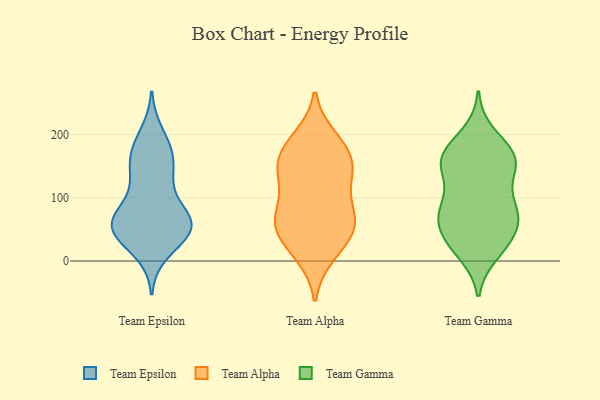
{"axis": {"x": "Bounce Rate (%)", "y": "Value"}, "legend": ["Team Alpha", "Team Epsilon", "Team Gamma"], "data": [{"x": "", "y": 61, "type": "Team Epsilon"}, {"x": "", "y": 157, "type": "Team Epsilon"}, {"x": "", "y": 40, "type": "Team Epsilon"}, {"x": "", "y": 152, "type": "Team Epsilon"}, {"x": "", "y": 54, "type": "Team Epsilon"}, {"x": "", "y": 200, "type": "Team Epsilon"}, {"x": "", "y": 55, "type": "Team Epsilon"}, {"x": "", "y": 178, "type": "Team Epsilon"}, {"x": "", "y": 59, "type": "Team Epsilon"}, {"x": "", "y": 15, "type": "Team Epsilon"}, {"x": "", "y": 70, "type": "Team Epsilon"}, {"x": "", "y": 130, "type": "Team Epsilon"}, {"x": "", "y": 78, "type": "Team Epsilon"}, {"x": "", "y": 174, "type": "Team Epsilon"}, {"x": "", "y": 42, "type": "Team Epsilon"}, {"x": "", "y": 53, "type": "Team Epsilon"}, {"x": "", "y": 58, "type": "Team Epsilon"}, {"x": "", "y": 120, "type": "Team Epsilon"}, {"x": "", "y": 188, "type": "Team Alpha"}, {"x": "", "y": 137, "type": "Team Alpha"}, {"x": "", "y": 101, "type": "Team Alpha"}, {"x": "", "y": 152, "type": "Team Alpha"}, {"x": "", "y": 156, "type": "Team Alpha"}, {"x": "", "y": 194, "type": "Team Alpha"}, {"x": "", "y": 56, "type": "Team Alpha"}, {"x": "", "y": 55, "type": "Team Alpha"}, {"x": "", "y": 122, "type": "Team Alpha"}, {"x": "", "y": 175, "type": "Team Alpha"}, {"x": "", "y": 67, "type": "Team Alpha"}, {"x": "", "y": 149, "type": "Team Alpha"}, {"x": "", "y": 56, "type": "Team Alpha"}, {"x": "", "y": 48, "type": "Team Alpha"}, {"x": "", "y": 73, "type": "Team Alpha"}, {"x": "", "y": 10, "type": "Team Alpha"}, {"x": "", "y": 15, "type": "Team Alpha"}, {"x": "", "y": 162, "type": "Team Gamma"}, {"x": "", "y": 66, "type": "Team Gamma"}, {"x": "", "y": 163, "type": "Team Gamma"}, {"x": "", "y": 148, "type": "Team Gamma"}, {"x": "", "y": 86, "type": "Team Gamma"}, {"x": "", "y": 166, "type": "Team Gamma"}, {"x": "", "y": 80, "type": "Team Gamma"}, {"x": "", "y": 13, "type": "Team Gamma"}, {"x": "", "y": 158, "type": "Team Gamma"}, {"x": "", "y": 79, "type": "Team Gamma"}, {"x": "", "y": 75, "type": "Team Gamma"}, {"x": "", "y": 124, "type": "Team Gamma"}, {"x": "", "y": 77, "type": "Team Gamma"}, {"x": "", "y": 28, "type": "Team Gamma"}, {"x": "", "y": 29, "type": "Team Gamma"}, {"x": "", "y": 151, "type": "Team Gamma"}, {"x": "", "y": 200, "type": "Team Gamma"}, {"x": "", "y": 51, "type": "Team Gamma"}, {"x": "", "y": 173, "type": "Team Gamma"}, {"x": "", "y": 27, "type": "Team Gamma"}]}